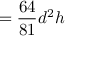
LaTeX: = { \frac { 6 4 } { 8 1 } } d ^ { 2 } h